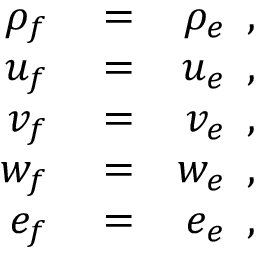
\begin{array} { r l r } { \rho _ { f } } & { { } = } & { \rho _ { e } \, \mathrm { ~ , ~ } } \\ { u _ { f } } & { { } = } & { u _ { e } \, \mathrm { ~ , ~ } } \\ { v _ { f } } & { { } = } & { v _ { e } \, \mathrm { ~ , ~ } } \\ { w _ { f } } & { { } = } & { w _ { e } \, \mathrm { ~ , ~ } } \\ { e _ { f } } & { { } = } & { e _ { e } \, \mathrm { ~ , ~ } } \end{array}